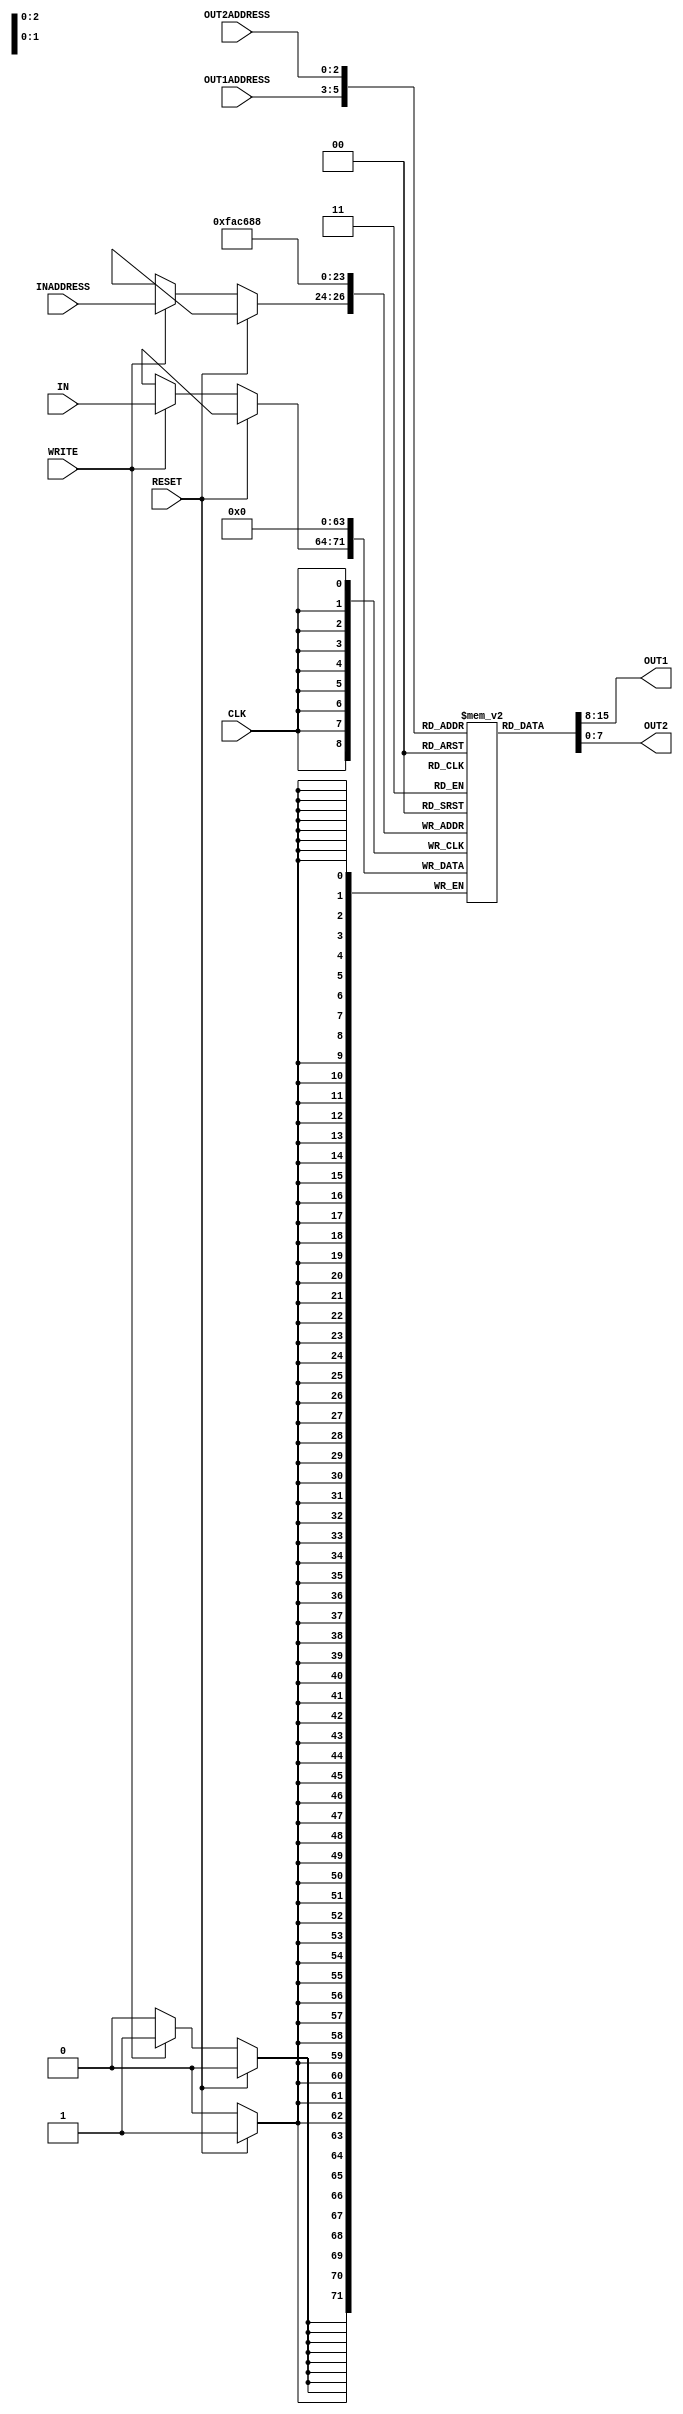
/*
    * CO224 - Computer Architecture
    * Lab 05 - Part 2
    * reg_file module
    * Group 09 (E/20/148, E/20/157)
    * 2024-04-09
    * Version 1.0
*/

module reg_file(IN, OUT1, OUT2, INADDRESS, OUT1ADDRESS, OUT2ADDRESS, WRITE, CLK, RESET);
    // Port declaration
    input [7:0] IN; // Data input for writing
    input [2:0] INADDRESS, OUT1ADDRESS, OUT2ADDRESS; // Data addresses

    input CLK, RESET, WRITE; // Control signals

    output [7:0] OUT1, OUT2; // Data outputs

    // Register Allocation
    reg [7:0] REGISTER [7:0]; // 8 x 8 register block

    // variable for counting
    integer i;

    // Asynchronous Data Operations (READ)
    // Artificial delay of 2 time units
    //if (WRITE == 1'b0) begin
      //$display("READ DATA");
      assign #2 OUT1 = REGISTER[OUT1ADDRESS];
      assign #2 OUT2 = REGISTER[OUT2ADDRESS];
    //end

    // Synchronous Data Operations (WRITE, RESET)
    always @ (posedge CLK)
    begin
      // RESET (Highest Priority Operation)
      if (RESET == 1'b1) begin
        $display("RESET MEMORY");
        #1 for(i=0; i<8; i = i+1) begin
          REGISTER[i] = 8'b0000_0000;
        end
      end

      // WRITE
      else if (WRITE == 1'b1) begin
        $display("WRITE DATA");
        #1 REGISTER[INADDRESS] = IN; // Writing data to the given register
      end
    end

endmodule